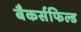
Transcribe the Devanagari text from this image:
बैकर्सफिल्ड